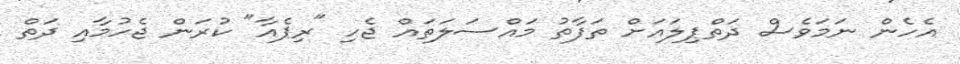
އެހެން ނަމަވެސް ދަތްޕިލައަށް ތަފާތު މައްސަލަތައް ޖެހި "ރިޕެއާ" ކުރަން ޖެހުމާއި ދަތް